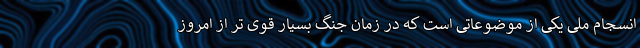
انسجام ملی یکی از موضوعاتی است که در زمان جنگ بسیار قوی تر از امروز